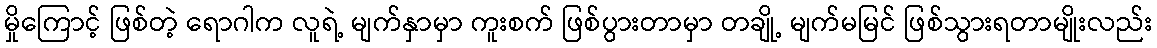
မှိုကြောင့် ဖြစ်တဲ့ ရောဂါက လူရဲ့ မျက်နှာမှာ ကူးစက် ဖြစ်ပွားတာမှာ တချို့ မျက်မမြင် ဖြစ်သွားရတာမျိုးလည်း